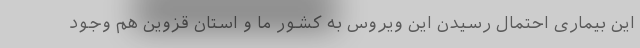
این بیماری احتمال رسیدن این ویروس به کشور ما و استان قزوین هم وجود